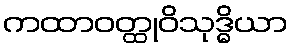
ကထာဝတ္ထုဝိသုဒ္ဓိယာ